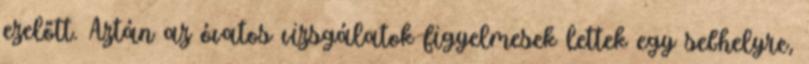
ezelőtt. Aztán az óvatos vizsgálatok figyelmesek lettek egy sebhelyre,